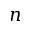
n